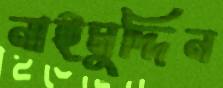
নাইমুদ্দিন